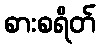
စားစရိတ်